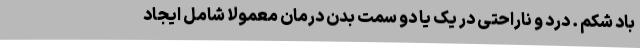
باد شکم . درد و ناراحتی در یک یا دو سمت بدن درمان معمولاً شامل ایجاد